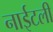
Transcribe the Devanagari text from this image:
नाईटली